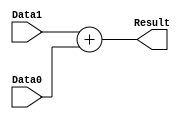
/******************************************************************
* Description
*	This is a  an adder that can be parameterized in its bit-width.
*	1.0
* Author:
*	Dr. Jos Luis Pizano Escalante
* email:
*	luispizano@iteso.mx
* Date:
*	01/03/2014
******************************************************************/

module Adder32bits
#
(
	parameter NBits=32
)
(
	input [NBits-1:0] Data0,
	input [NBits-1:0] Data1,
	
	output [NBits-1:0] Result
);

assign Result = Data1 + Data0;


endmodule